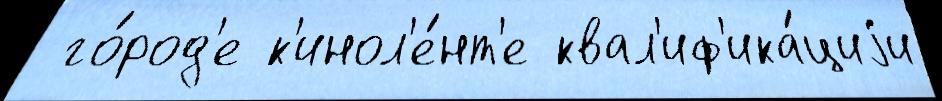
 го́род'е к'инол'е́нт'е квал'иф'ика́циjи